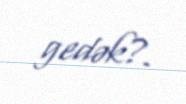
gedək?.